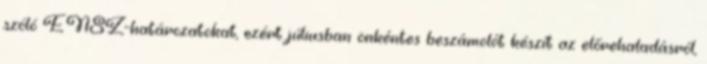
szóló ENSZ-határozatokat, ezért júliusban önkéntes beszámolót készít az előrehaladásról,